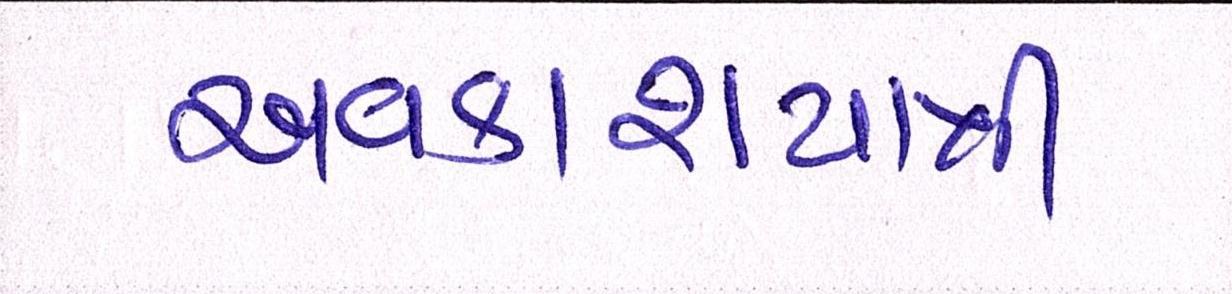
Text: અવકાશયાત્રી